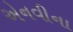
એનવીના